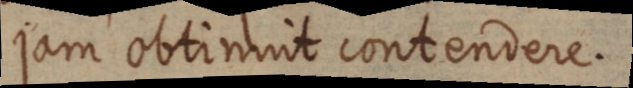
jam obtinuit contendere.